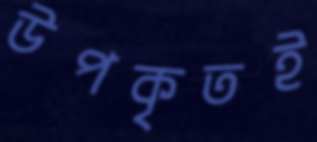
উপকৃতই